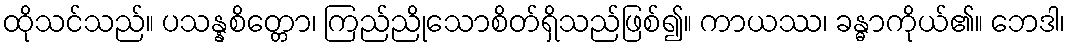
ထိုသင်သည်။ ပသန္နစိတ္တော၊ ကြည်ညိုသောစိတ်ရှိသည်ဖြစ်၍။ ကာယဿ၊ ခန္ဓာကိုယ်၏။ ဘေဒါ၊